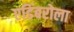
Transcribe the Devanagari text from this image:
एडिंबरोला